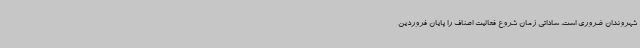
شهروندان ضروری است. ساداتی زمان شروع فعالیت اصناف را پایان فروردین